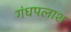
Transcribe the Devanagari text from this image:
गंधपलाश